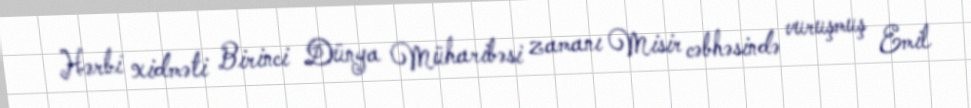
Hərbi xidməti Birinci Dünya Müharibəsi zamanı Misir cəbhəsində vuruşmuş Emil